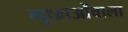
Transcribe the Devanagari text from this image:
गुफाओंवाला